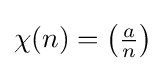
\chi (n)=\left({\tfrac {a}{n}}\right)